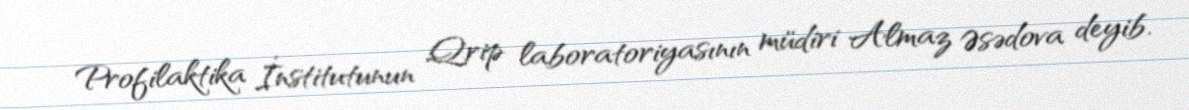
Profilaktika İnstitutunun Qrip laboratoriyasının müdiri Almaz Əsədova deyib.